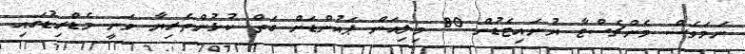
ނަމަވެސް މެންޗެސްޓާ ޔުނައިޓެޑުން 80 މިލިއަން ޕައުންޑަށް ގަތް ކުޅުންތެރިޔާ ވަނީ މެޑްރިޑުގައި